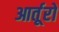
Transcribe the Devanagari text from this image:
आर्तूरो